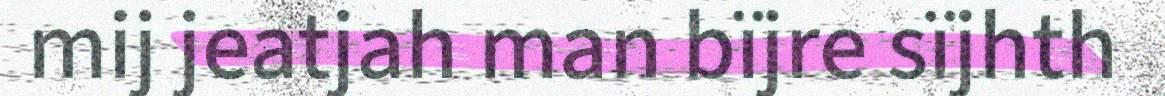
mij jeatjah man bïjre sïjhth